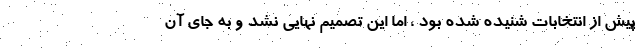
پیش از انتخابات شنیده شده بود ، اما این تصمیم نهایی نشد و به جای آن